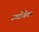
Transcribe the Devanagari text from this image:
उद्योगेतर